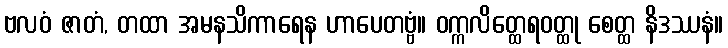
ဗလဝံ ဇာတံ, တထာ အမနသိကာရေန ဟာပေတဗ္ဗံ။ ဝက္ကလိတ္ထေရဝတ္ထု စေတ္ထ နိဒဿနံ။